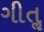
ગીતૢ